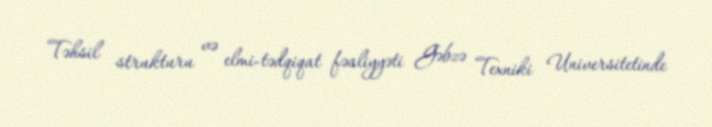
Təhsil strukturu və elmi-tədqiqat fəaliyyəti Gəbzə Texniki Universitetinde